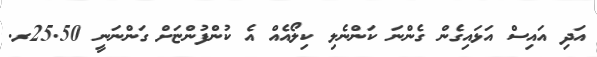
އަދި އައިސް އަޅައިގެން ގެންނަ ކަންނެލި ކިލޯއެއް އެ ކުންފުންޏަށް ގަންނަނީ 25.50ރ.